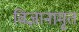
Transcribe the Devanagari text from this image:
विज्ञानामृत